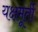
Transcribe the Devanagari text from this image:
यक्षमूर्ती